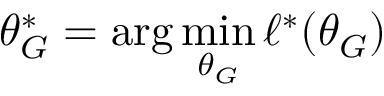
\theta _ { G } ^ { * } = \arg \operatorname* { m i n } _ { \theta _ { G } } \ell ^ { * } ( \theta _ { G } )